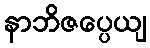
နာဘိဇပ္ပေယျ